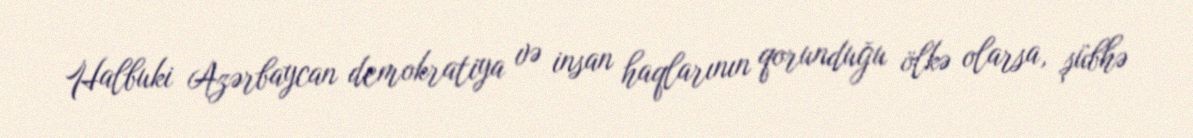
Halbuki Azərbaycan demokratiya və insan haqlarının qorunduğu ölkə olarsa, şübhə